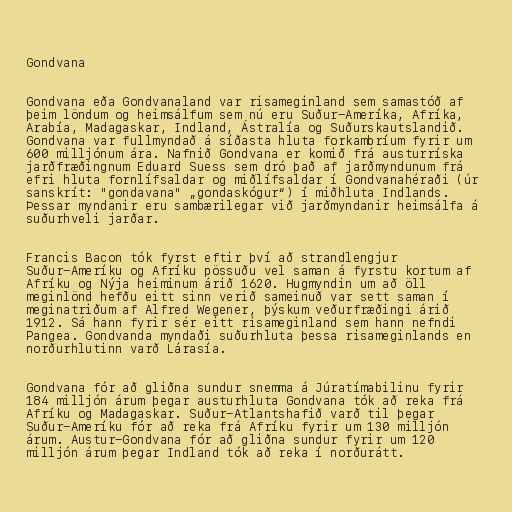
Gondvana

Gondvana eða Gondvanaland var risameginland sem samastóð af
þeim löndum og heimsálfum sem nú eru Suður-Ameríka, Afríka,
Arabía, Madagaskar, Indland, Ástralía og Suðurskautslandið.
Gondvana var fullmyndað á síðasta hluta forkambríum fyrir um
600 milljónum ára. Nafnið Gondvana er komið frá austurríska
jarðfræðingnum Eduard Suess sem dró það af jarðmyndunum frá
efri hluta fornlífsaldar og miðlífsaldar í Gondvanahéraði (úr
sanskrít: "gondavana" „gondaskógur“) í miðhluta Indlands.
Þessar myndanir eru sambærilegar við jarðmyndanir heimsálfa á
suðurhveli jarðar.

Francis Bacon tók fyrst eftir því að strandlengjur
Suður-Ameríku og Afríku pössuðu vel saman á fyrstu kortum af
Afríku og Nýja heiminum árið 1620. Hugmyndin um að öll
meginlönd hefðu eitt sinn verið sameinuð var sett saman í
meginatriðum af Alfred Wegener, þýskum veðurfræðingi árið
1912. Sá hann fyrir sér eitt risameginland sem hann nefndi
Pangea. Gondvanda myndaði suðurhluta þessa risameginlands en
norðurhlutinn varð Lárasía.

Gondvana fór að gliðna sundur snemma á Júratímabilinu fyrir
184 milljón árum þegar austurhluta Gondvana tók að reka frá
Afríku og Madagaskar. Suður-Atlantshafið varð til þegar
Suður-Ameríku fór að reka frá Afríku fyrir um 130 milljón
árum. Austur-Gondvana fór að gliðna sundur fyrir um 120
milljón árum þegar Indland tók að reka í norðurátt.